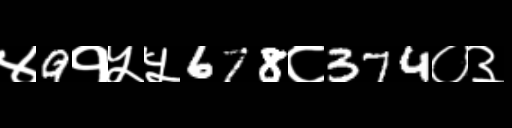
Text: ४9१५५678८374०३